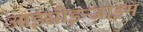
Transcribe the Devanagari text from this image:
आइसोइन्जाइम